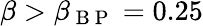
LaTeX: \beta>\beta_{\mathrm{~B~P~}}=0.25